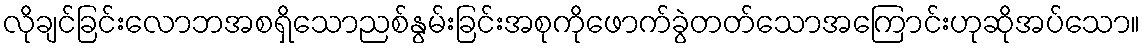
လိုချင်ခြင်းလောဘအစရှိသောညစ်နွမ်းခြင်းအစုကိုဖောက်ခွဲတတ်သောအကြောင်းဟုဆိုအပ်သော။